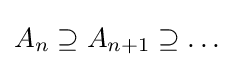
A_{n}\supseteq A_{n+1}\supseteq \ldots